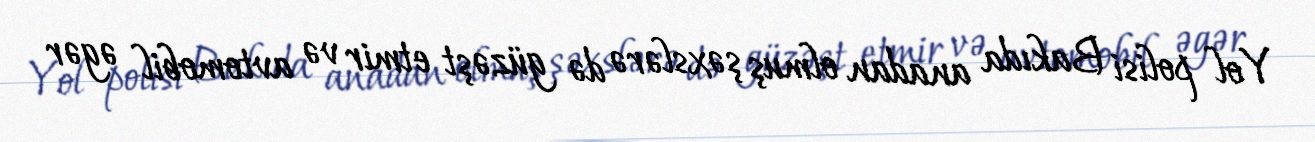
Yol polisi Bakıda anadan olmuş şəxslərə də güzəşt etmir və avtomobil əgər